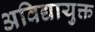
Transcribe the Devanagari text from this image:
अविद्यायुक्त